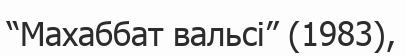
“Махаббат вальсі” (1983),